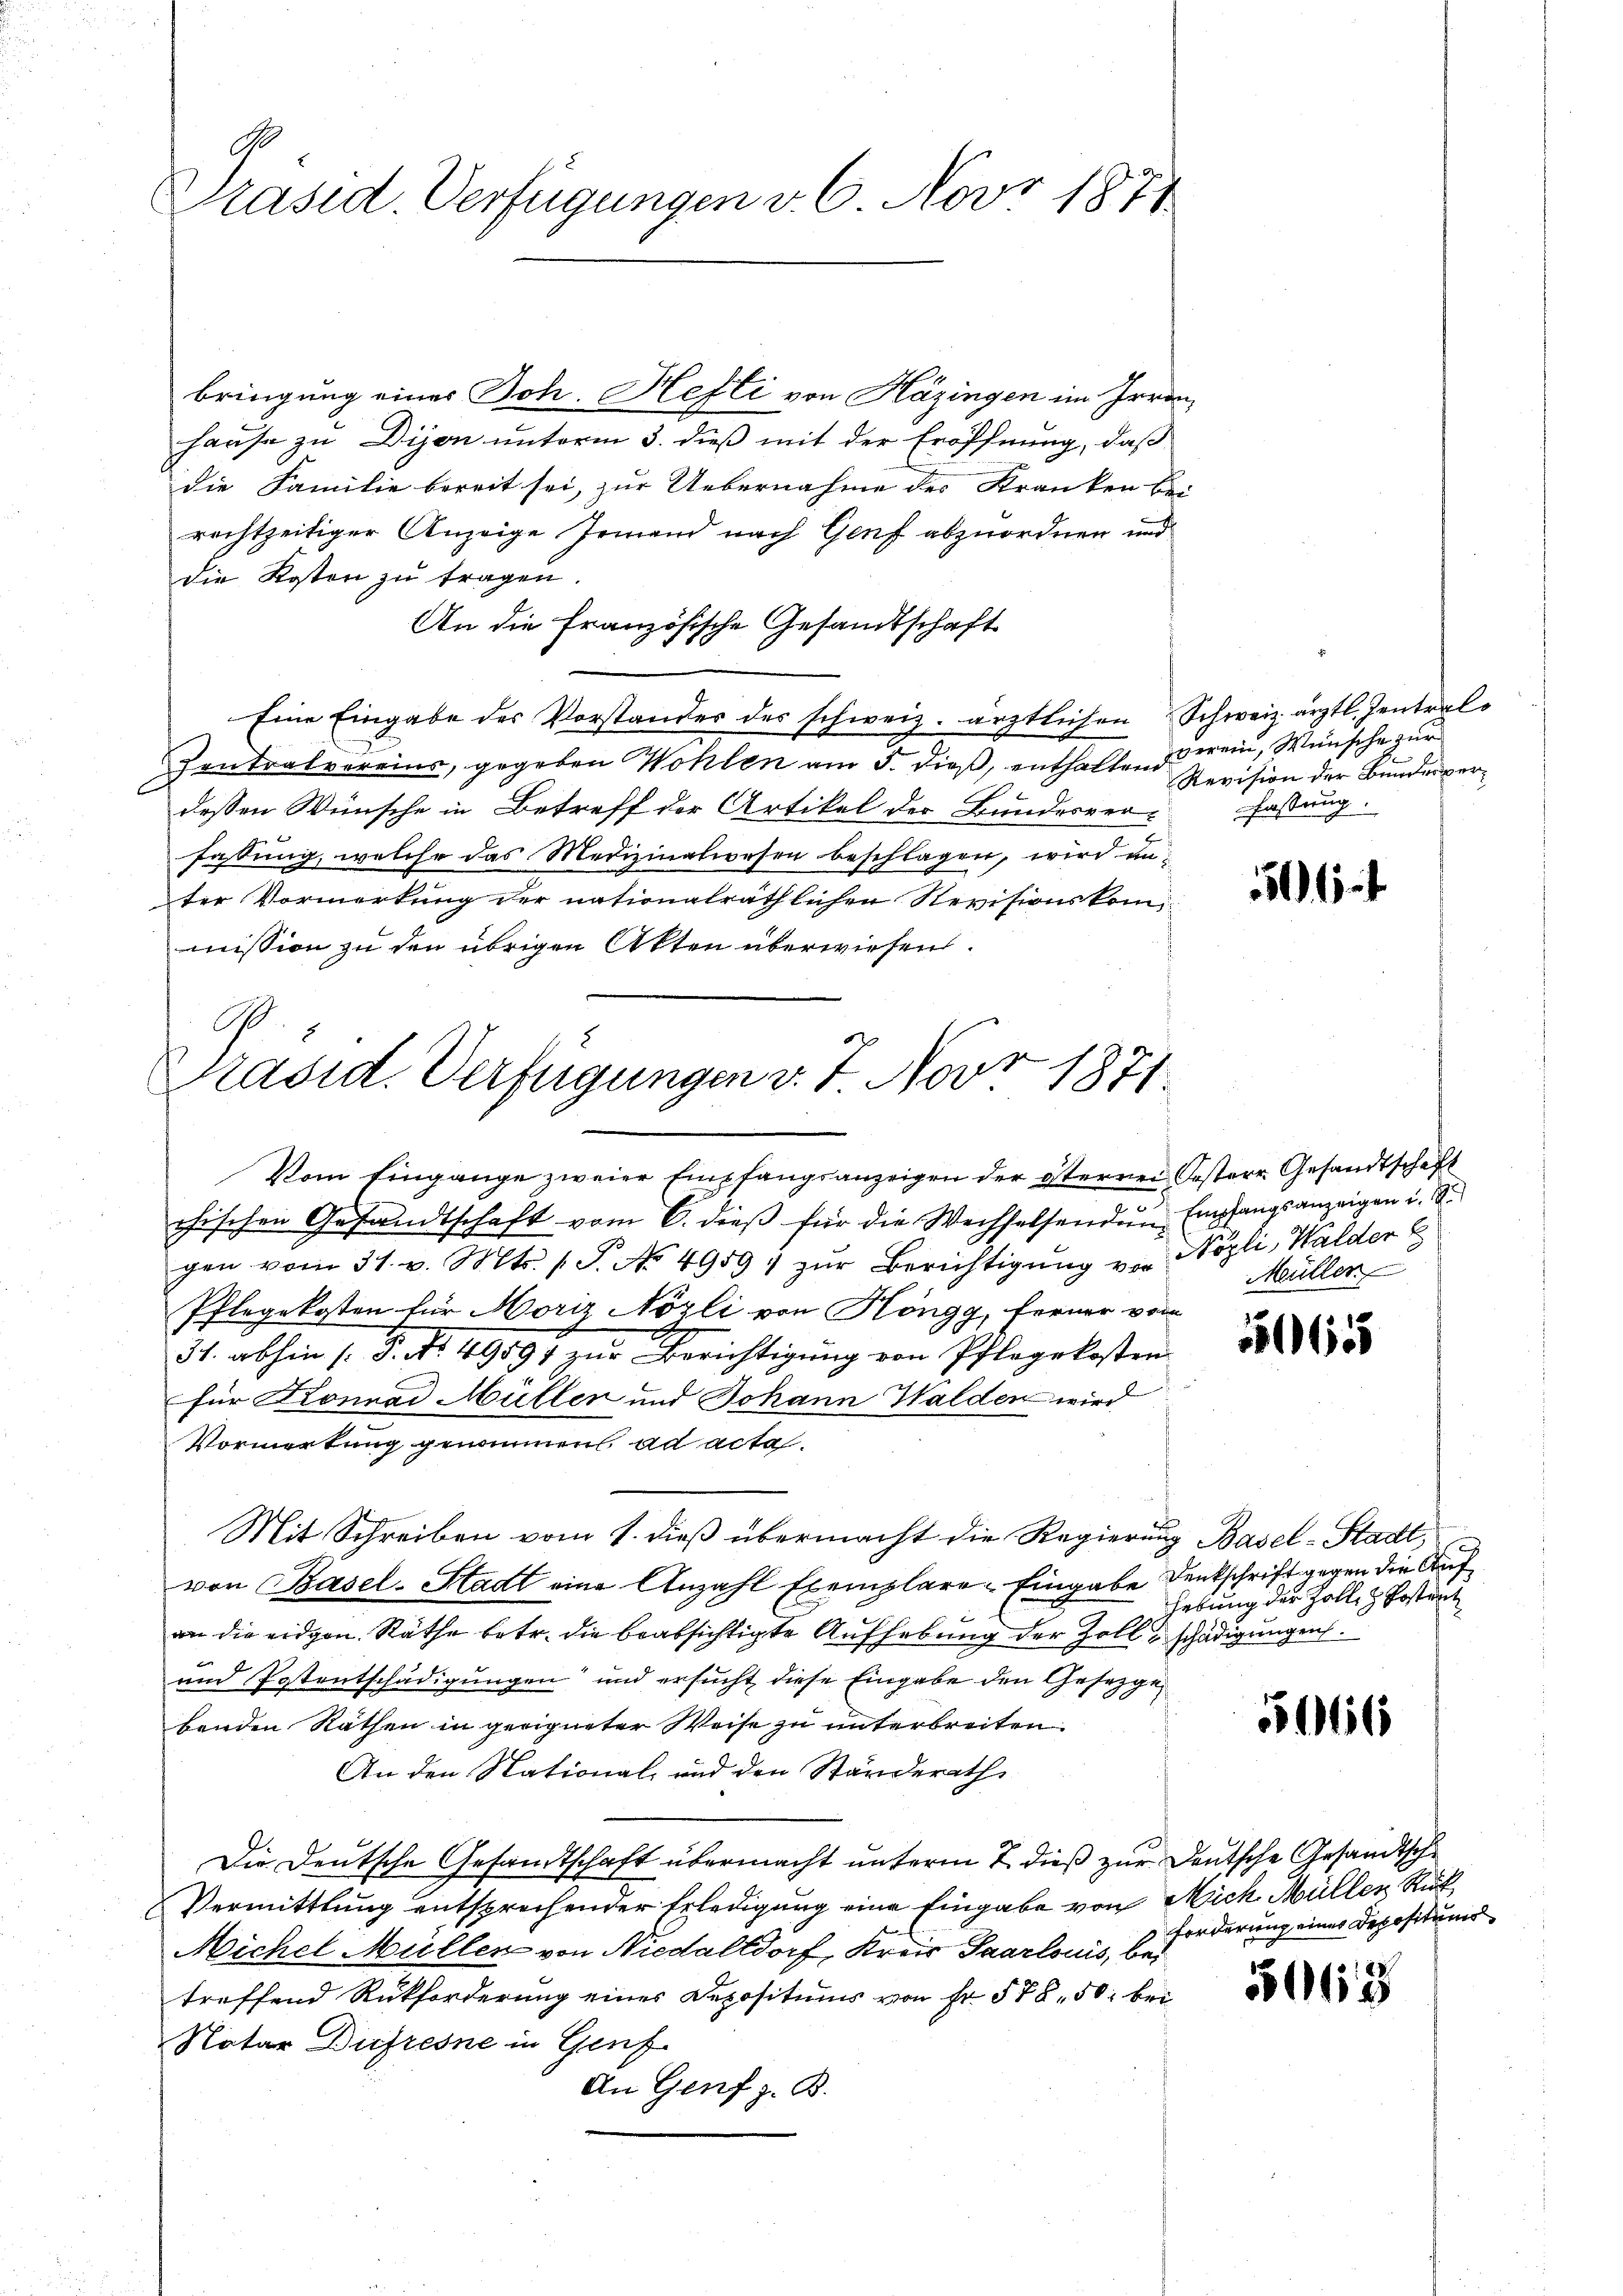
Präsid. Verfügungen v. 6. Nov 1871

bringung eines Joh. Hefti von Häzingen im Irrenhause zu Dijon unterm 3. dieß mit der Eröffnung, daß
die Familie bereit sei, zur Uebernahme des Kranken bei
rechtzeitiger Anzeige Jemand nach Genf abzuordnen und
die Kosten zŭ tragen.
An die französische Gesandtschaft
Eine Eingabe des Vorstandes des schweiz. ärztlichen Schweiz. ärztl. Zentrals
Zontralvereins, gegeben Wohlen am 5. dieß, enthaltend rein, Wünsche zur
dessen Wünsche in Betreff der Artikel der Bundesverfassung.
fassung, welche das Medizinalwesen beschlagen, wird unter Vormerkung der nationalräthlichen Revisionskommission zu den übrigen Akten überwiesen.

Präsid. Verfügungen v. 7. Novr 1871.

Vom Eingange zweier Empfangsanzeigen der österrei Oesterr Gesandtschaft
chischen Gesandtschaft vom 6. dieβ für die Wechselsenden Empfangsanzeigen i. S.
gen vom 31. v. Mts. 1 S. No 4959 zŭr Berichtigŭng von Nozli, Walder E
Pflegekosten für Moriz Nözli von Höngg, Ferner vom
34. abhin (: P. Nr. 49897 zur Berichtigung von Pflegekosten
für Konrad Müller und Johann Walden wird
Vormerkung genommen ad acta.
Mit Schreiben vom 1. dieß übermacht die Regierung Basel-Stadt,
von Basel-Stadt eine Anzahl Exemplare Eingabe Denkschrift gegen die Aufan die eidgen. Räthe betr. die beabsichtigte Aufhebung der Zoll schädigungen.
und Postentschädigungen und ersucht diese Eingabe den Gesetzge
benden Räthen in geeigneter Weise zu unterbreiten.
An den Stational- und den Ständerath,
Die Deutsche Gesandtschaft übermacht unterm 2. dieß zur Deutsche Gesandtsche
Vermittlung entsprechender Erledigung eine Eingabe von Mich Müller Rück
Michel Müller von Niedalldorf, Kreis Paarlouis, bei
treffend Rückforderung eines Depositums von Fr. § 78. 50 bei
Notar Bufresne in Genf
An Genf z. B.

Revision der Bundesver¬

5

Müller

550655

hebung der Zolle z. Postent

5016

Forderung eines Depositums

55012